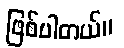
ဖြစ်ပါတယ်။